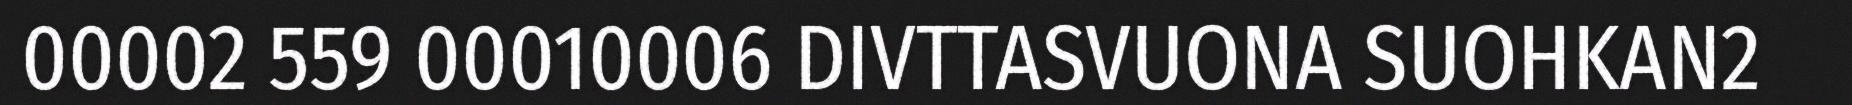
00002 559 00010006 DIVTTASVUONA SUOHKAN2